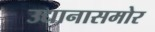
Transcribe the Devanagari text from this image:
उद्यानासमोर